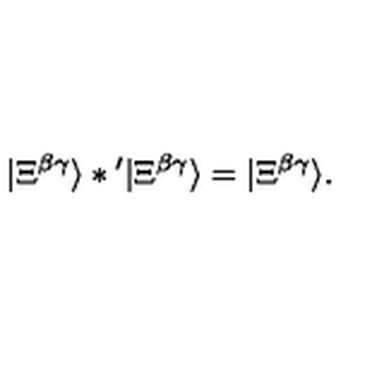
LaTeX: | \Xi ^ { \beta \gamma } \rangle * { } ^ { \prime } | \Xi ^ { \beta \gamma } \rangle = | \Xi ^ { \beta \gamma } \rangle .